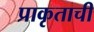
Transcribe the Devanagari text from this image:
प्राकृताची